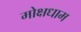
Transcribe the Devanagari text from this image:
मोक्षधाम